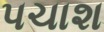
પચાશ